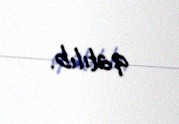
qatılıb.